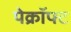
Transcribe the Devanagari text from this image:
पेक्रॉफ्ट